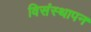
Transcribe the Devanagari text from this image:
विसंस्थापन